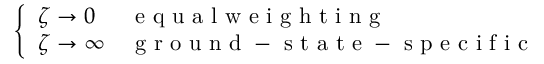
\left\{ \begin{array} { l l } { \zeta \to 0 } & { \mathrm { ~ e ~ q ~ u ~ a ~ l ~ w ~ e ~ i ~ g ~ h ~ t ~ i ~ n ~ g ~ } } \\ { \zeta \to \infty } & { \mathrm { ~ g ~ r ~ o ~ u ~ n ~ d ~ - ~ s ~ t ~ a ~ t ~ e ~ - ~ s ~ p ~ e ~ c ~ i ~ f ~ i ~ c ~ } } \end{array} \right.